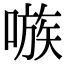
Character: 嗾